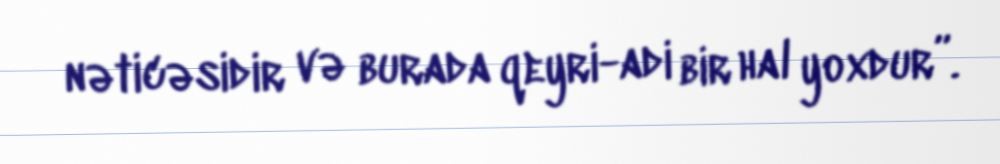
nəticəsidir və burada qeyri-adi bir hal yoxdur”.